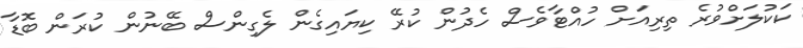
ކަކުލަށްވުރެ ތިރިއަށް ހުއްޓާވެސް ހެދުން ކުރޭ ކިޔައިގެން ލެގިންސް ބޭނުން ކުރަން ބޮޑާ